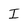
Character: I